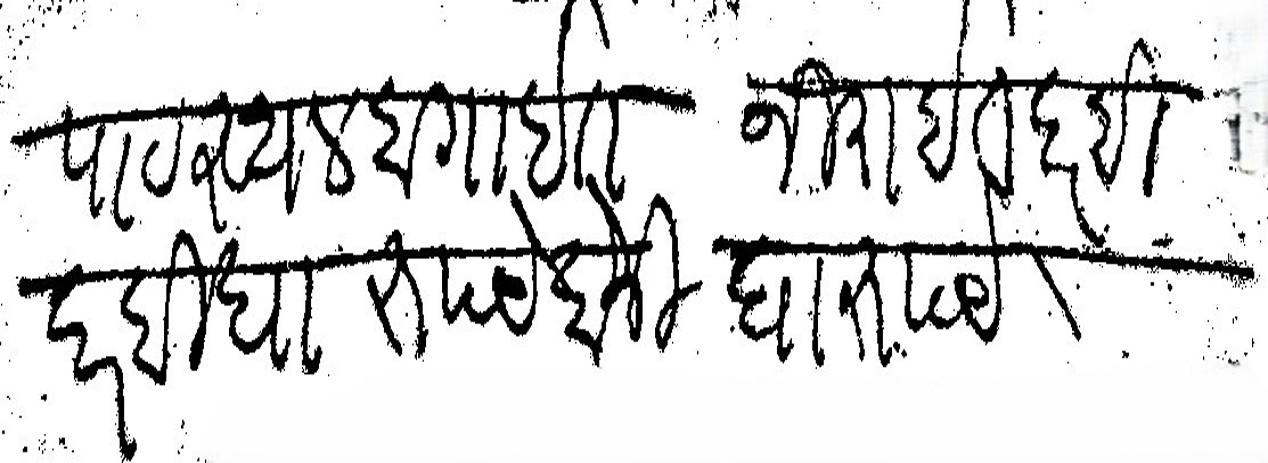
Transliteration (Devanagari): सालानी घेवयाचे मोईन बिाापाटस्थल बागाईत जिराईत दर बिदर